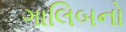
ગાલિબનો